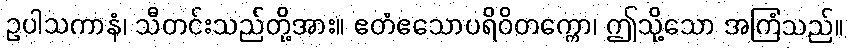
ဥပါသကာနံ၊ သီတင်းသည်တို့အား။ ဧတံဧသောပရိဝိတက္ကော၊ ဤသို့သော အကြံသည်။